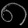
Digit: ၈